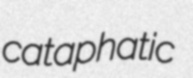
cataphatic